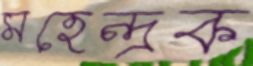
মহেন্দ্রক